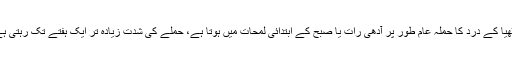
گٹھیا کے درد کا حملہ عام طور پر آدھی رات یا صبح کے ابتدائی لمحات میں ہوتا ہے، حملے کی شدت زیادہ تر ایک ہفتے تک رہتی ہے۔